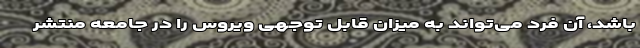
باشد، آن فرد می‌تواند به میزان قابل توجهی ویروس را در جامعه منتشر